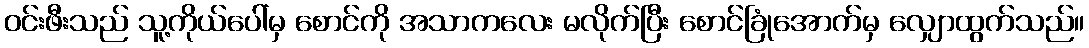
ဝင်းဖီးသည် သူ့ကိုယ်ပေါ်မှ စောင်ကို အသာကလေး မလိုက်ပြီး စောင်ခြုံအောက်မှ လျှောထွက်သည်။